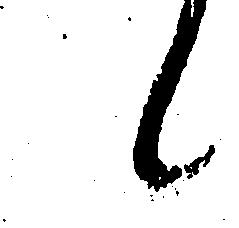
候